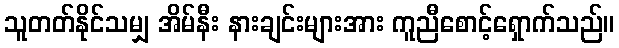
သူတတ်နိုင်သမျှ အိမ်နီး နားချင်းများအား ကူညီစောင့်ရှောက်သည်။